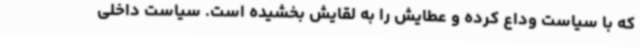
که با سیاست وداع کرده و عطایش را به لقایش بخشیده است. سیاست داخلی